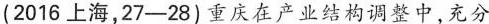
(2016上海，27-28)重庆在产业结构调整中，充分